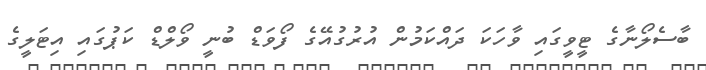
ބާސެލޯނާގެ ޓީވީގައި ވާހަކަ ދައްކަމުން އުރުގުއޭގެ ފޯވަޑް ބުނީ ވޯލްޑް ކަޕުގައި އިޓަލީގެ